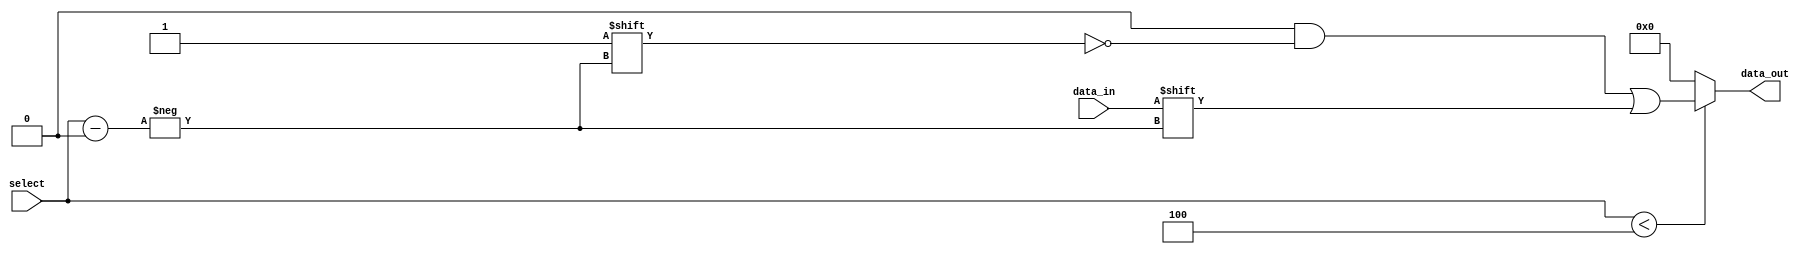
module ParameterizedDemux #(parameter N = 4) (
    input wire data_in,
    input wire [$clog2(N)-1:0] select,
    output reg [N-1:0] data_out
);

    // Combinational logic to route data_in to the appropriate data_out line
    always @(*) begin
        // Default all outputs to low
        data_out = {N{1'b0}};
        
        // Check if select is a valid line and route data_in accordingly
        if (select < N) begin
            data_out[select] = data_in;
        end
    end

endmodule